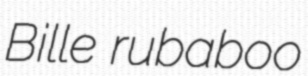
Bille rubaboo